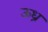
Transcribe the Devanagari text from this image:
ऊध्र